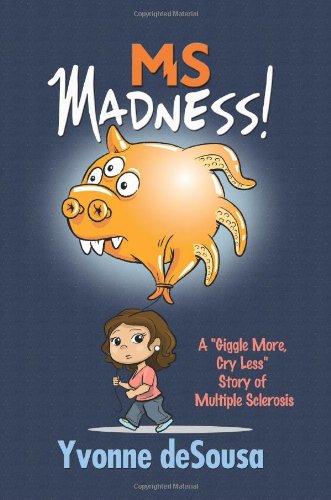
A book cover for MS Madness; Yvonne Desousa; Health, Fitness & Dieting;